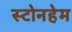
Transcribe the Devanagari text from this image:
स्टोनहेम